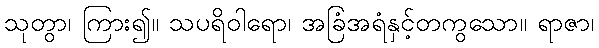
သုတွာ၊ ကြား၍။ သပရိဝါရော၊ အခြံအရံနှင့်တကွသော။ ရာဇာ၊